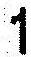
1